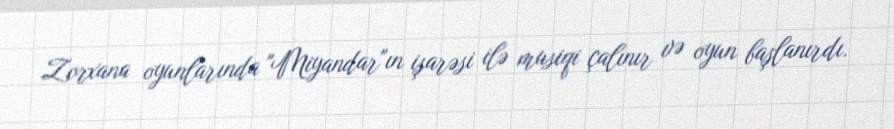
Zorxana oyunlarında "Miyandar"ın işarəsi ilə musiqi çalınır və oyun başlanırdı.